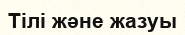
Тілі және жазуы